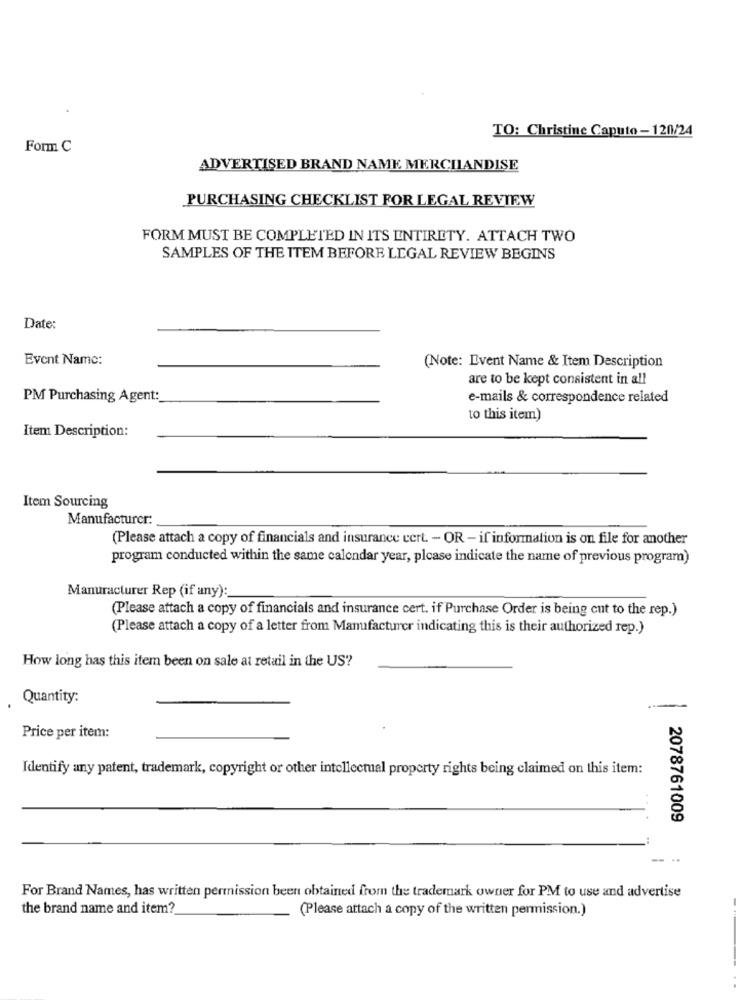
TO: Christine Caputo - 120/24
Form C
ADVERTISED BRAND NAME MERCHANDISE
PURCHASING CHECKLIST FOR LEGAL REVIEW
FORM MUST BE COMPLETED IN ITS ENTIRETY. ATTACH TWO
SAMPLES OF THE TTEM BEFORE LEGAL REVIEW BEGINS
Date:
Event Name:
(Note: Event Name & Item Description
are to be kept consistent in all
PM Purchasing Agent:
e-mails & correspondence related
to this item)
Item Description:
Item Sourcing
Manufacturer:
(Please attach a copy of financials and insurance vert. - OR - if information is on file for another
program conducted within the same calendar year, please indicate the name of previous program)
Manuracturer Rep (if any):
(Please attach a copy of financials and insurance cert. if Purchase Order is being cut to the rep.)
(Please attach a copy of a letter from Manufacturer indicating this is their authorized rep.)
How long has this item been on sale at retail in the US?
Quantity:
Price per item:
Identify any patent, trademark, copyright or other intellectual property rights being claimed on this item:
2078761009
-- ..
For Brand Names, has written permission been obtained from the trademark owner for PM to use and advertise
the brand name and item?
(Please attach a copy of the written permission.)